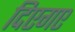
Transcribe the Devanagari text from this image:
दिएगए